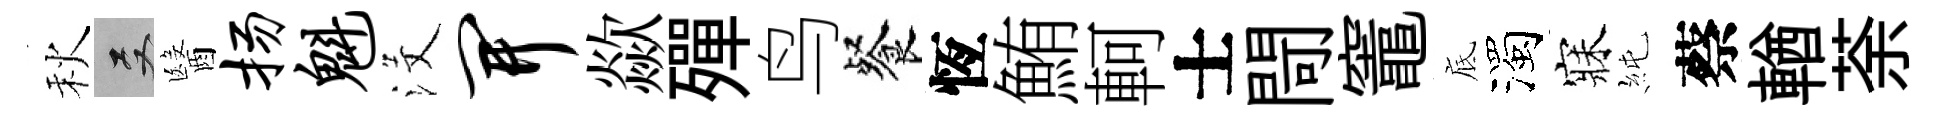
秋双醫扬魁沒开歘殫鸟餐恆鮪軻士閜竈底濁寐純蔡輶荼